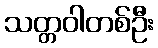
သတ္တဝါတစ်ဦး